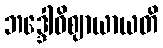
ဘဒ္ဒေါဓိဈာယာယတိ